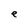
Character: e